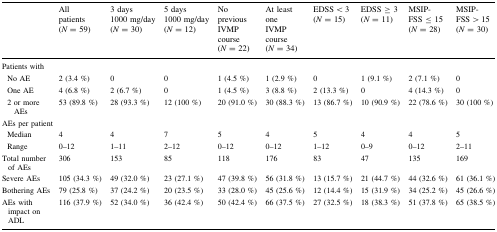
<table><thead><tr><td></td><td><b>All patients (<i>N</i> = 59)</b></td><td><b>3 days 1000 mg/day (<i>N</i> = 30)</b></td><td><b>5 days 1000 mg/day (<i>N</i> = 12)</b></td><td><b>No previous IVMP course (<i>N</i> = 22)</b></td><td><b>At least one IVMP course (<i>N</i> = 34)</b></td><td><b>EDSS &lt; 3 (<i>N</i> = 15)</b></td><td><b>EDSS ≥ 3 (<i>N</i> = 11)</b></td><td><b>MSIP-FSS ≤ 15 (<i>N</i> = 28)</b></td><td><b>MSIP-FSS &gt; 15 (<i>N</i> = 30)</b></td></tr></thead><tbody><tr><td colspan="10">Patients with</td></tr><tr><td> No AE</td><td>2 (3.4 %)</td><td>0</td><td>0</td><td>1 (4.5 %)</td><td>1 (2.9 %)</td><td>0</td><td>1 (9.1 %)</td><td>2 (7.1 %)</td><td>0</td></tr><tr><td> One AE</td><td>4 (6.8 %)</td><td>2 (6.7 %)</td><td>0</td><td>1 (4.5 %)</td><td>3 (8.8 %)</td><td>2 (13.3 %)</td><td>0</td><td>4 (14.3 %)</td><td>0</td></tr><tr><td> 2 or more AEs</td><td>53 (89.8 %)</td><td>28 (93.3 %)</td><td>12 (100 %)</td><td>20 (91.0 %)</td><td>30 (88.3 %)</td><td>13 (86.7 %)</td><td>10 (90.9 %)</td><td>22 (78.6 %)</td><td>30 (100 %)</td></tr><tr><td colspan="10">AEs per patient</td></tr><tr><td> Median</td><td>4</td><td>4</td><td>7</td><td>5</td><td>4</td><td>5</td><td>4</td><td>4</td><td>5</td></tr><tr><td> Range</td><td>0–12</td><td>1–11</td><td>2–12</td><td>0–12</td><td>0–12</td><td>1–12</td><td>0–9</td><td>0–12</td><td>2–11</td></tr><tr><td>Total number of AEs</td><td>306</td><td>153</td><td>85</td><td>118</td><td>176</td><td>83</td><td>47</td><td>135</td><td>169</td></tr><tr><td>Severe AEs</td><td>105 (34.3 %)</td><td>49 (32.0 %)</td><td>23 (27.1 %)</td><td>47 (39.8 %)</td><td>56 (31.8 %)</td><td>13 (15.7 %)</td><td>21 (44.7 %)</td><td>44 (32.6 %)</td><td>61 (36.1 %)</td></tr><tr><td>Bothering AEs</td><td>79 (25.8 %)</td><td>37 (24.2 %)</td><td>20 (23.5 %)</td><td>33 (28.0 %)</td><td>45 (25.6 %)</td><td>12 (14.4 %)</td><td>15 (31.9 %)</td><td>34 (25.2 %)</td><td>45 (26.6 %)</td></tr><tr><td>AEs with impact on ADL</td><td>116 (37.9 %)</td><td>52 (34.0 %)</td><td>36 (42.4 %)</td><td>50 (42.4 %)</td><td>66 (37.5 %)</td><td>27 (32.5 %)</td><td>18 (38.3 %)</td><td>51 (37.8 %)</td><td>65 (38.5 %)</td></tr></tbody></table>